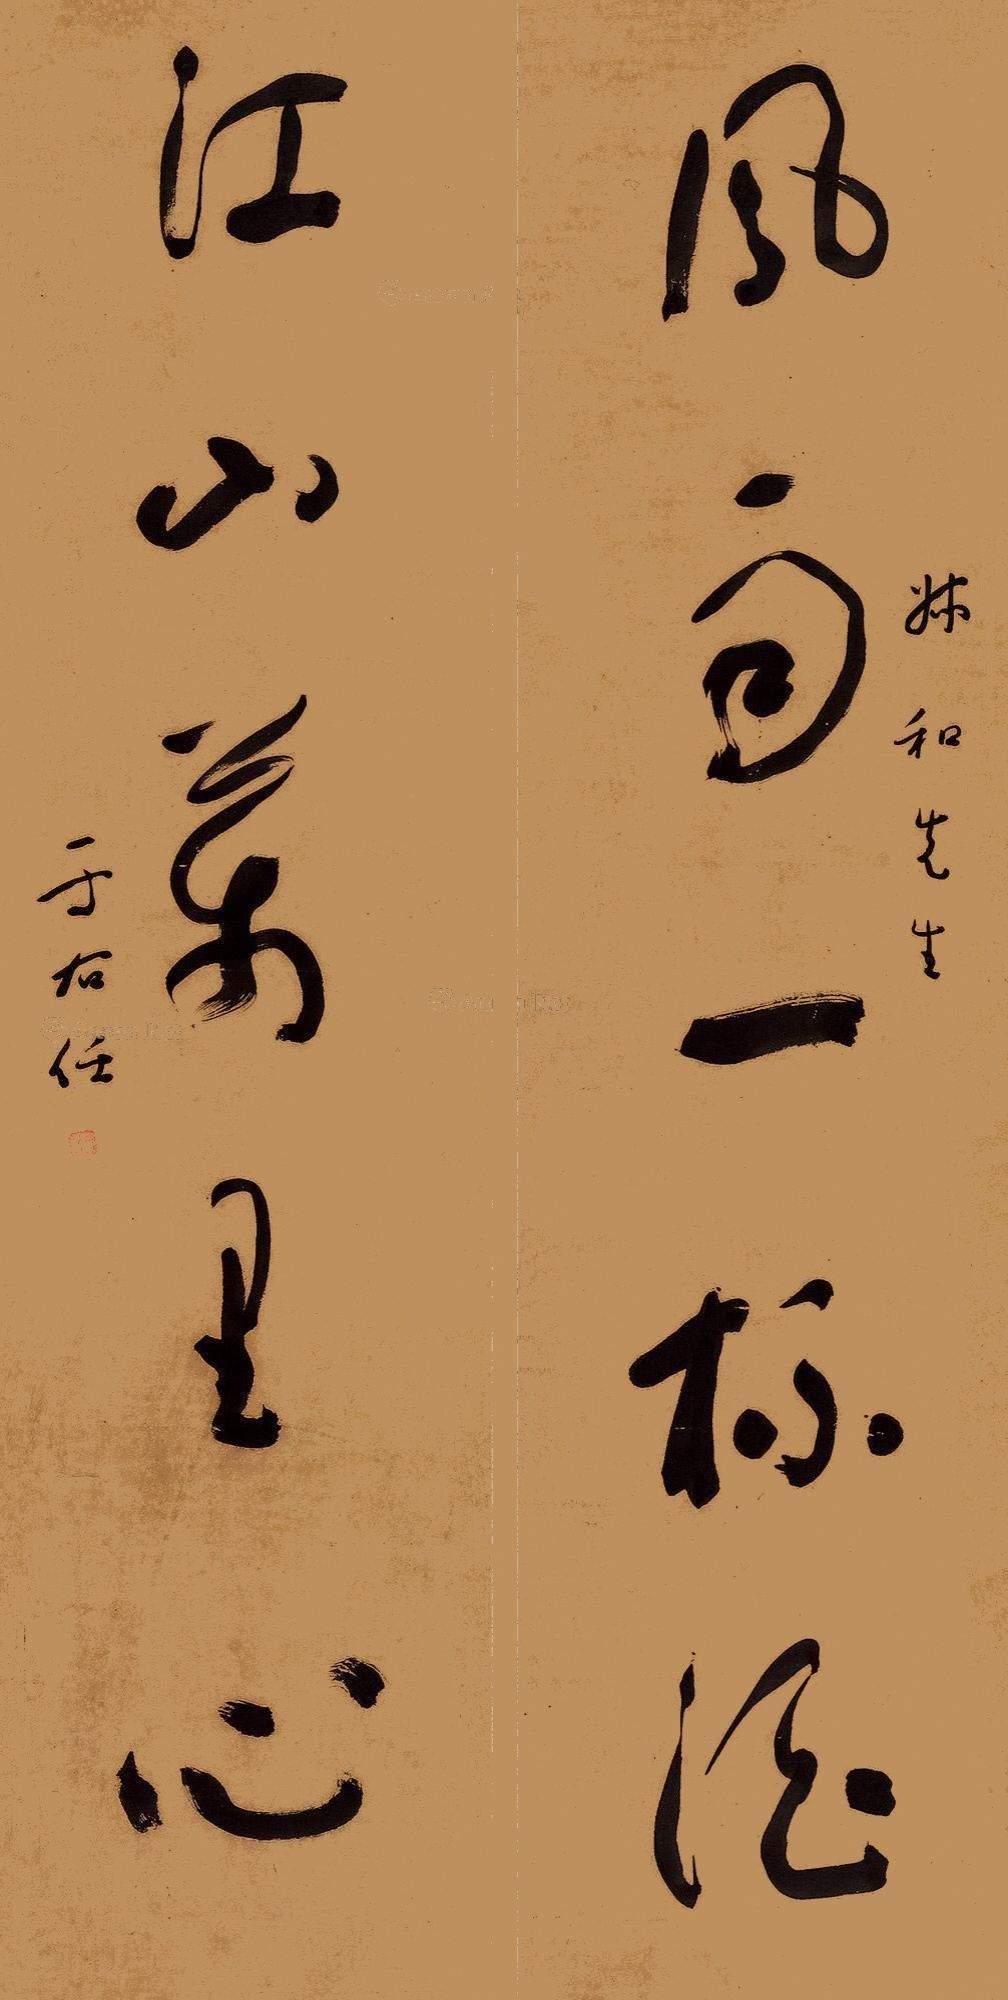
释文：风雨一杯酒，江山万里心。叔和先生。于右任。